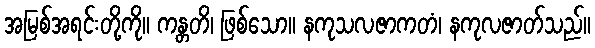
အမြစ်အရင်းတို့ကို။ ကန္တတိ၊ ဖြစ်သော။ နကုသလဇာကတံ၊ နကုလဇာတ်သည်။